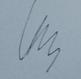
Signature authenticity: genuine